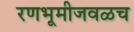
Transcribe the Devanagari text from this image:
रणभूमीजवळच